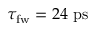
\tau _ { \mathrm { { f w } } } = 2 4 ~ \mathrm { p s }